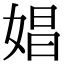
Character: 娼